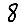
Digit: 8